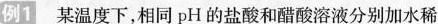
例1 某温度下，相同pH的盐酸和醋酸溶液分别加水稀